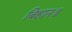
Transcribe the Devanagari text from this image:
बिहान॥